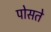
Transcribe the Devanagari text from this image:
पोसते